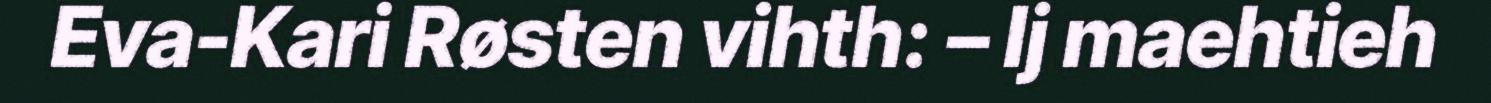
Eva-Kari Røsten vihth: – Ij maehtieh